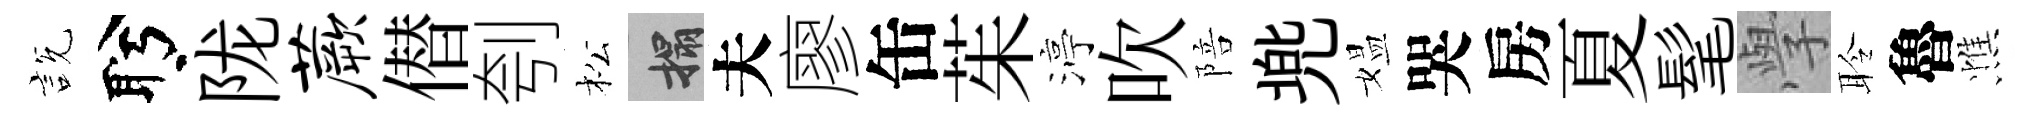
説盻陇蕨僣刳松搨夫廖缶茱渟吹陪兠媪哭房夏髦𭓕聆魯憔